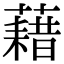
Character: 藉